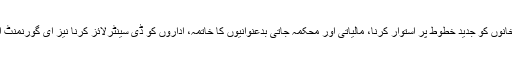
انہوں نے کہا کہ ہمارے انتخابی منشور میں وزارت خانوں کو جدید خطوط پر استوار کرنا، مالیاتی اور محکمہ جاتی بدعنوانیوں کا خاتمہ، اداروں کو ڈی سینٹرلائز کرنا نیز ای گورنمنٹ اور پبلک انفارمیشن سسٹم کو فعال بنانا بھی شامل ہے۔